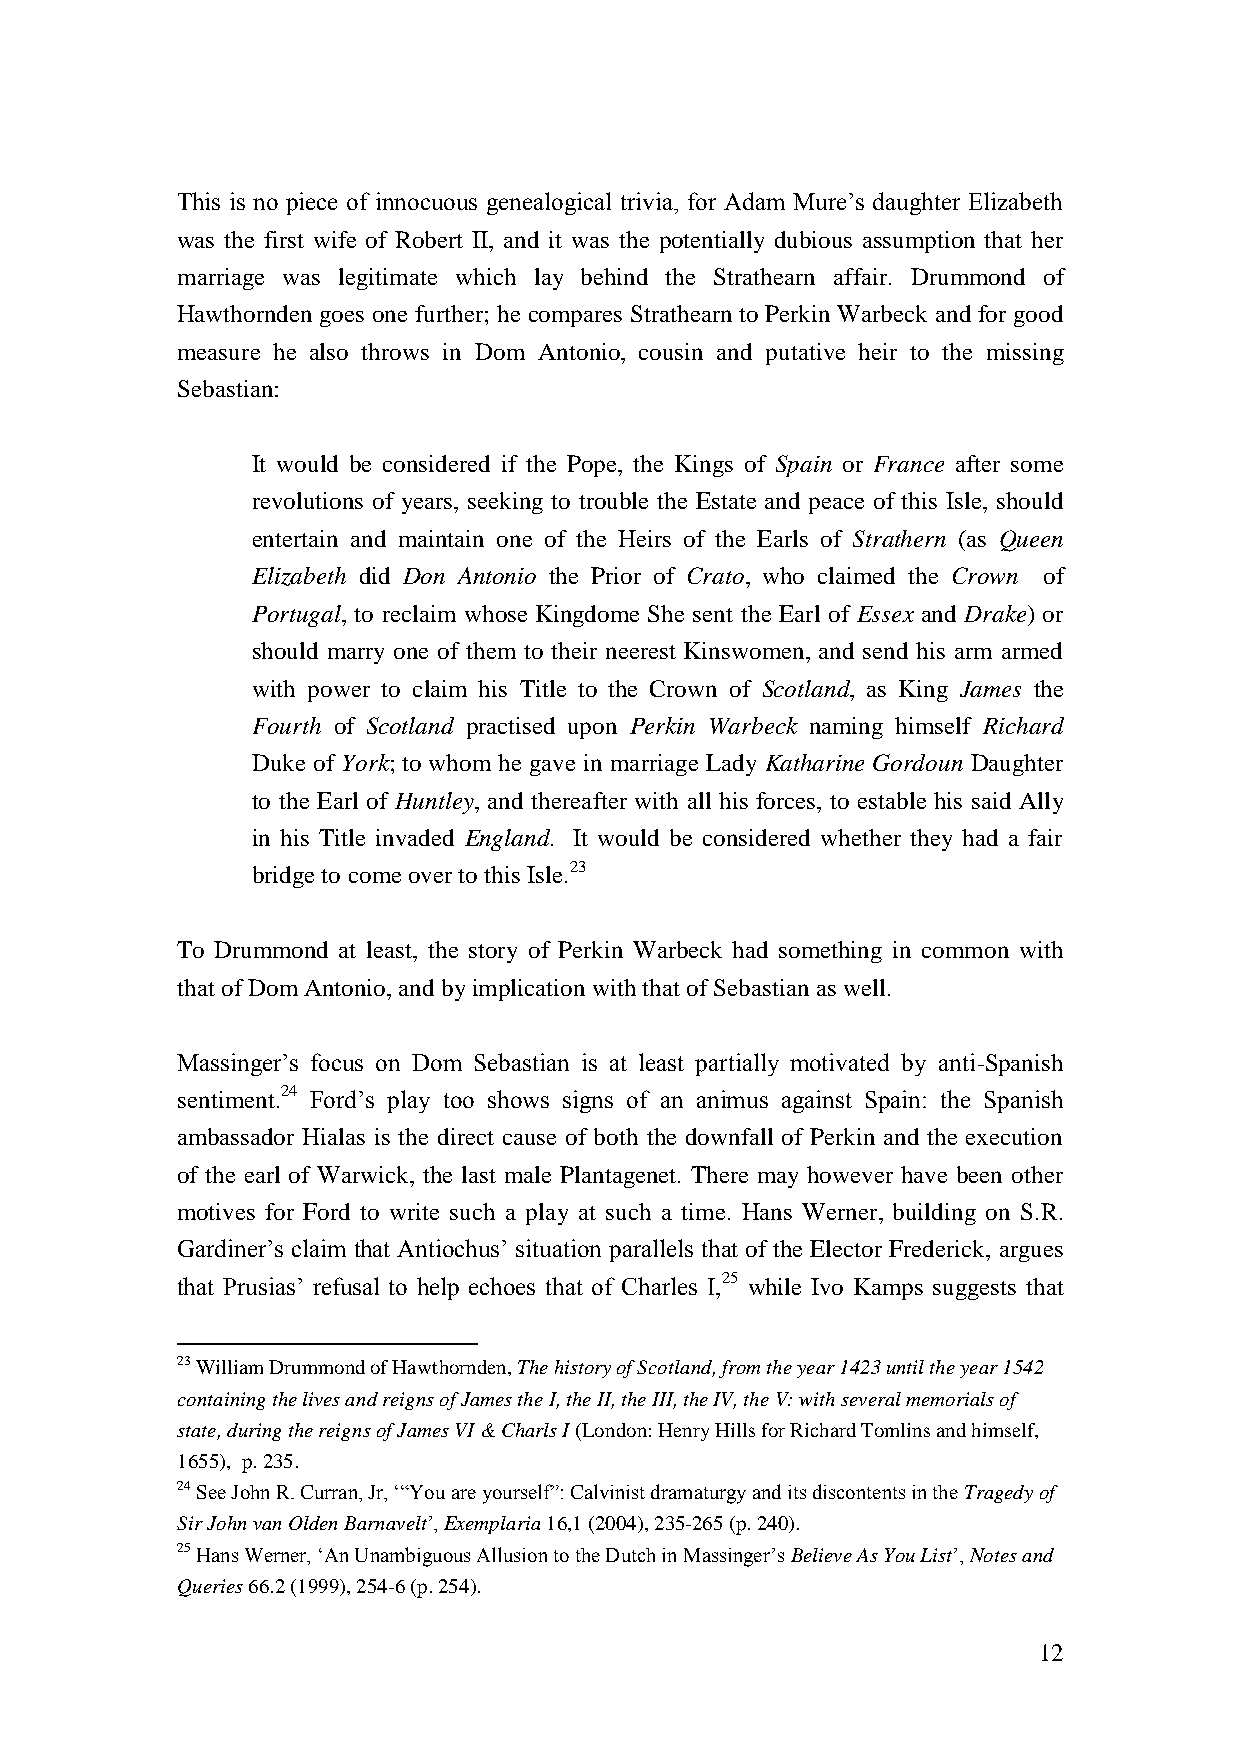
This is no piece of innocuous genealogical trivia, for Adam Mure’s daughter Elizabeth
 was the first wife of Robert II, and it was the potentially dubious assumption that her
 marriage was legitimate which lay behind the Strathearn affair. Drummond of
 Hawthornden goes one further; he compares Strathearn to Perkin Warbeck and for good
 measure he also throws in Dom Antonio, cousin and putative heir to the missing
 Sebastian:
 It would be considered if the Pope, the Kings of Spain or France after some
 revolutions of years, seeking to trouble the Estate and peace of this Isle, should
 entertain and maintain one of the Heirs of the Earls of Strathern (as Queen
 Elizabeth did Don Antonio the Prior of Crato, who claimed the Crown of
 Portugal, to reclaim whose Kingdome She sent the Earl of Essex and Drake) or
 should marry one of them to their neerest Kinswomen, and send his arm armed
 with power to claim his Title to the Crown of Scotland, as King James the
 Fourth of Scotland practised upon Perkin Warbeck naming himself Richard
 Duke of York; to whom he gave in marriage Lady Katharine Gordoun Daughter
 to the Earl of Huntley, and thereafter with all his forces, to estable his said Ally
 in his Title invaded England. It would be considered whether they had a fair
 bridge to come over to this Isle.23
 To Drummond at least, the story of Perkin Warbeck had something in common with
 that of Dom Antonio, and by implication with that of Sebastian as well.
 Massinger’s focus on Dom Sebastian is at least partially motivated by anti-Spanish
 sentiment.24 Ford’s play too shows signs of an animus against Spain: the Spanish
 ambassador Hialas is the direct cause of both the downfall of Perkin and the execution
 of the earl of Warwick, the last male Plantagenet. There may however have been other
 motives for Ford to write such a play at such a time. Hans Werner, building on S.R.
 Gardiner’s claim that Antiochus’ situation parallels that of the Elector Frederick, argues
 that Prusias’ refusal to help echoes that of Charles I,25 while Ivo Kamps suggests that
 23 William Drummond of Hawthornden, The history of Scotland, from the year 1423 until the year 1542
 containing the lives and reigns of James the I, the II, the III, the IV, the V: with several memorials of
 state, during the reigns of James VI & Charls I (London: Henry Hills for Richard Tomlins and himself,
 1655), p. 235.
 24 See John R. Curran, Jr, ‘“You are yourself”: Calvinist dramaturgy and its discontents in the Tragedy of
 Sir John van Olden Barnavelt’, Exemplaria 16,1 (2004), 235-265 (p. 240).
 25 Hans Werner, ‘An Unambiguous Allusion to the Dutch in Massinger’s Believe As You List’, Notes and
 Queries 66.2 (1999), 254-6 (p. 254).
 12